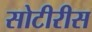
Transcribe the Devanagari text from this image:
सोटीरीस